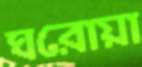
ঘরোয়া